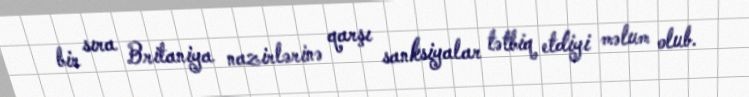
bir sıra Britaniya nazirlərinə qarşı sanksiyalar tətbiq etdiyi məlum olub.